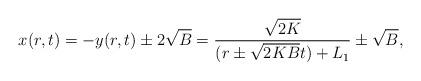
LaTeX: \begin{align*}x(r,t)=-y(r,t)\pm2\sqrt{B}=\frac{\sqrt{2K}}{(r\pm\sqrt{2KB}t)+L_1}\pm\sqrt{B},\end{align*}